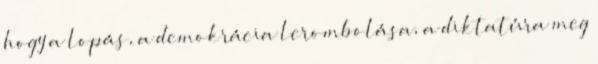
hogy a lopás, a demokrácia lerombolása, a diktatúra meg